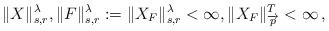
LaTeX: \begin{align*} \Vert X\Vert^\lambda_{s,r},\| F\|^\lambda_{s,r} := \Vert X_F\Vert^\lambda_{s,r}<\infty, \Vert X_F\Vert^{T}_{\overrightarrow p}<\infty \,,\end{align*}